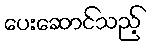
ပေးဆောင်သည့်